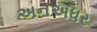
અનઅધર